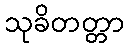
သုခိတတ္တာ